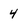
Character: 4